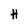
Character: H